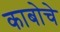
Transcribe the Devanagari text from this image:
काबोचे